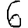
Digit: 6